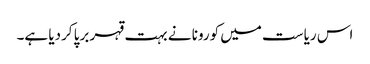
اس ریاست میں کورونا نے بہت قہر برپا کردیا ہے۔